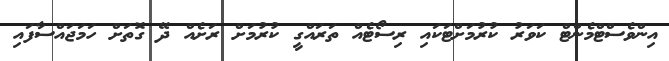
އިންވެސްޓްމެންޓް ކަވަރު ކުރުމަށްޓަކައި ރިސޯޓެއް ތަރައްގީ ކުރުމަށް ރަށެއް ދޭ ގޮތަށް ހަމަޖައްސާފައި